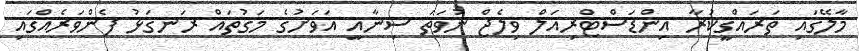
މާލޭގައި ތަރައްޤީކުރާ އިންޑަސްޓްރިއަލް ވިލެޖް ނުވަތަ ސިނާއީ އަވަށުގެ މަގުތައް ރަނގަޅު ފެންވަރެއްގައި